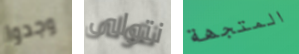
وجدوا نتولى المتجهة